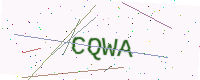
Text: CQWA